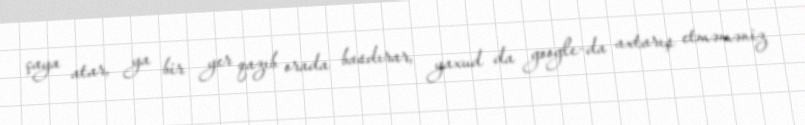
çaya atar, ya bir yer qazıb orada basdırar, yaxud da google-da axtarış etməməniz